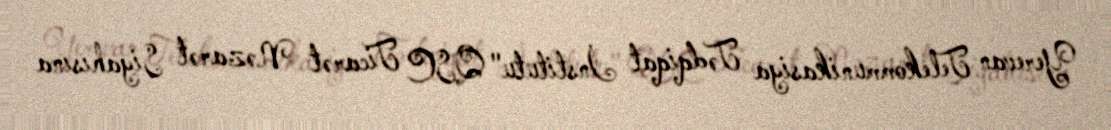
Yerevan Telekommunikasiya Tədqiqat İnstitutu" QSC Ticarət Nəzarət Siyahısına